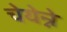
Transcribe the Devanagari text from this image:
चेयेन्ने